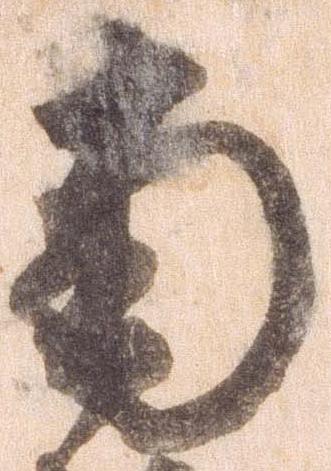
南